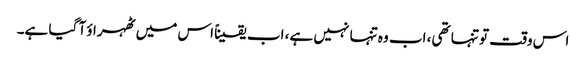
اس وقت تو تنہا تھی، اب وہ تنہا نہیں ہے، اب یقیناً اس میں ٹھہراؤ آ گیا ہے۔